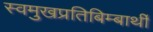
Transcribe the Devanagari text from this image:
स्वमुखप्रतिबिम्बार्थी